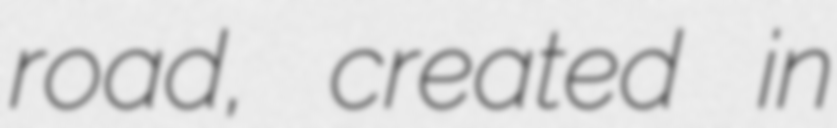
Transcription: road, created in